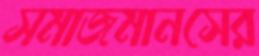
সমাজমানসের